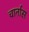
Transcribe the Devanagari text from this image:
चार्नास